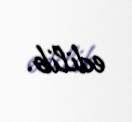
edilib.